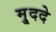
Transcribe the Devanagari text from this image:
मु्ददे